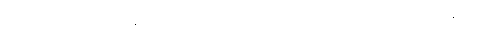
ဣတိဧဝံ၊ ဤသို့။ ဝုတ္တာနိ၊ (ပါထေယျဝဂ်။ အင်္ဂုတ္တိုရ် ပါဠိတို့၌) ဟောတော်မူအပ်ကုန်သော။